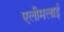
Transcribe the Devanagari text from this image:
एलीमलाई